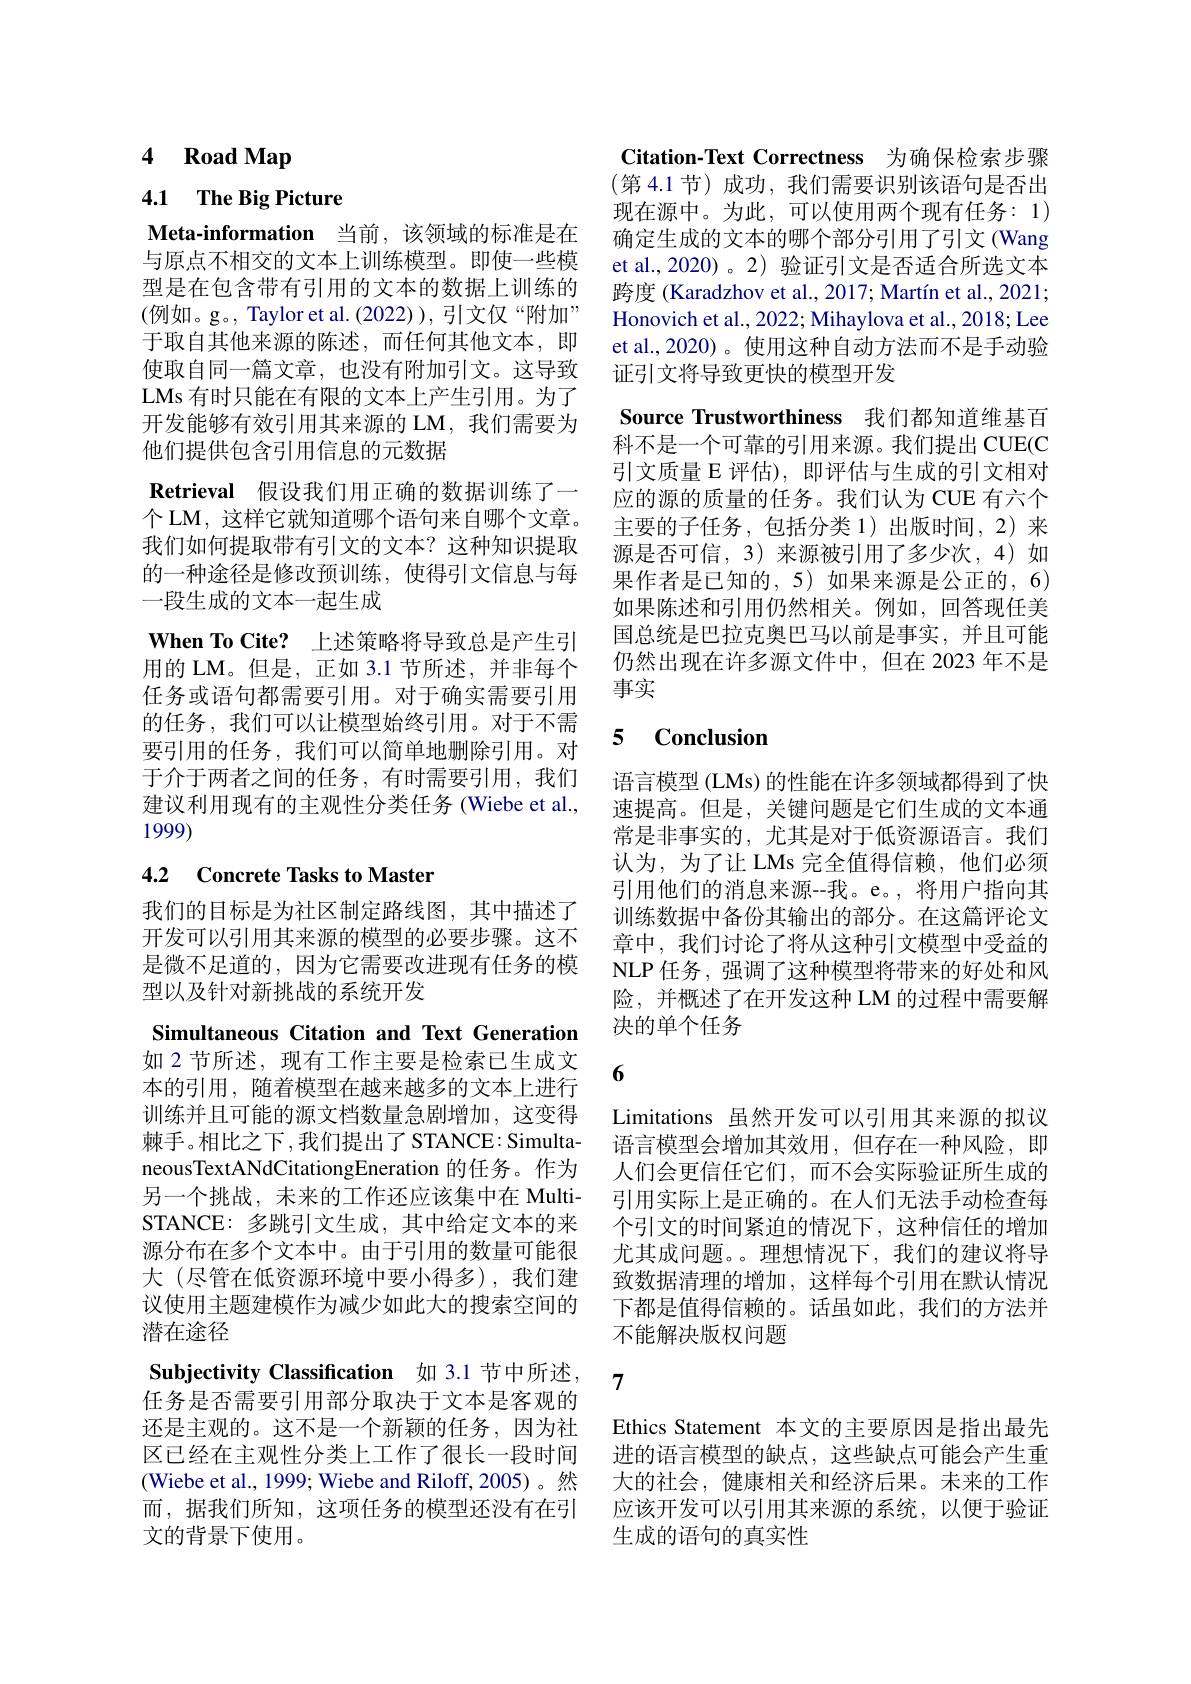
# 4 Road Map

4.1 The Big Picture

Meta-information 当前，该领域的标准是在与原点不相交的文本上训练模型。即使一些模型是在包含带有引用的文本的数据上训练的(例如。g。, Taylor et al.(2022)), 引文仅“附加” 于取自其他来源的陈述，而任何其他文本，即使取自同一篇文章，也没有附加引文。这导致LMs 有时只能在有限的文本上产生引用。为了开发能够有效引用其来源的 LM,我们需要为他们提供包含引用信息的元数据
Retrieval 假设我们用正确的数据训练了一个 LM, 这样它就知道哪个语句来自哪个文章。我们如何提取带有引文的文本？这种知识提取的一种途径是修改预训练，使得引文信息与每一段生成的文本一起生成
$\textbf{When To Cite? }$ 上述策略将导致总是产生引用的 LM。但是，正如 3.1 节所述，并非每个任务或语句都需要引用。对于确实需要引用的任务，我们可以让模型始终引用。对于不需要引用的任务，我们可以简单地删除引用。对于介于两者之间的任务，有时需要引用，我们建议利用现有的主观性分类任务 (Wiebe et al., 1999)

## 4.2 Concrete Tasks to Master

我们的目标是为社区制定路线图，其中描述了是微不足道的，因为它需要改进现有任务的模型以及针对新挑战的系统开发

Simultaneous Citation and Text Generation 如 2 节所述，现有工作主要是检索已生成文本的引用，随着模型在越来越多的文本上进行训练并且可能的源文档数量急剧增加，这变得棘手。相比之下，我们提出了STANCE：SimultaneousTextANdCitationgEneration 的任务。作为另一个挑战，未来的工作还应该集中在 MultiSTANCE: 多跳引文生成，其中给定文本的来源分布在多个文本中。由于引用的数量可能很大 (尽管在低资源环境中要小得多),我们建议使用主题建模作为减少如此大的搜索空间的潜在途径
Subjectivity Classification 如 3.1 节中所述， 任务是否需要引用部分取决于文本是客观的还是主观的。这不是一个新颖的任务，因为社区已经在主观性分类上工作了很长一段时间(Wiebe et al., 1999; Wiebe and Riloff, 2005)。然而，据我们所知，这项任务的模型还没有在引文的背景下使用。

Citation-Text Correctness 为确保检索步骤(第 4.1 节)成功，我们需要识别该语句是否出现在源中。为此，可以使用两个现有任务：1) 确定生成的文本的哪个部分引用了引文 (Wang et al.,2020)。2)验证引文是否适合所选文本跨度 (Karadzhov et al., 2017; Martín et al., 2021; Honovich et al., 2022; Mihaylova et al., 2018; Lee et al.,2020)。使用这种自动方法而不是手动验证引文将导致更快的模型开发
Source Trustworthiness 我们都知道维基百科不是一个可靠的引用来源。我们提出 CUE(C 引文质量 E 评估),即评估与生成的引文相对应的源的质量的任务。我们认为 CUE 有六个主要的子任务，包括分类 1)出版时间，2) 来源是否可信，3)来源被引用了多少次，4)如果作者是已知的，5)如果来源是公正的，6) 如果陈述和引用仍然相关。例如，回答现任美国总统是巴拉克奥巴马以前是事实，并且可能仍然出现在许多源文件中，但在 2023 年不是事实

### 5 $\textbf{Conclusion}$

语言模型 (LMs) 的性能在许多领域都得到了快速提高。但是，关键问题是它们生成的文本通常是非事实的，尤其是对于低资源语言。我们认为，为了让 LMs 完全值得信赖，他们必须引用他们的消息来源--我。e。,将用户指向其训练数据中备份其输出的部分。在这篇评论文
开发可以引用其来源的模型的必要步骤。这不 章中，我们讨论了将从这种引文模型中受益的
NLP 任务，强调了这种模型将带来的好处和风险，并概述了在开发这种 LM 的过程中需要解决的单个任务

6

Limitations 虽然开发可以引用其来源的拟议语言模型会增加其效用，但存在一种风险，即人们会更信任它们，而不会实际验证所生成的引用实际上是正确的。在人们无法手动检查每个引文的时间紧迫的情况下，这种信任的增加尤其成问题。。理想情况下，我们的建议将导致数据清理的增加，这样每个引用在默认情况下都是值得信赖的。话虽如此，我们的方法并不能解决版权问题

7

Ethics Statement 本文的主要原因是指出最先进的语言模型的缺点，这些缺点可能会产生重大的社会，健康相关和经济后果。未来的工作应该开发可以引用其来源的系统，以便于验证生成的语句的真实性